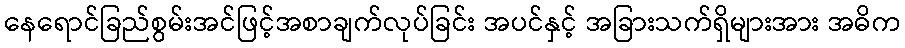
နေရောင်ခြည်စွမ်းအင်ဖြင့်အစာချက်လုပ်ခြင်း အပင်နှင့် အခြားသက်ရှိများအား အဓိက